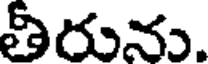
తీరును.